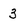
Character: 3